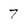
Character: 7